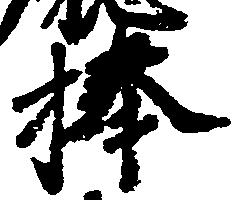
捧